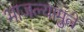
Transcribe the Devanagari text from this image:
भाजल्यामुले